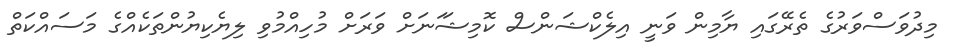
މިދުވަސްވަރުގެ ތެރޭގައި ޔާމިން ވަނީ އިލެކްޝަންސް ކޮމިޝަަނަށް ވަރަށް މުހިއްމުވި ލިޔެކިޔުންތަކެއްގެ މަސައްކަތް